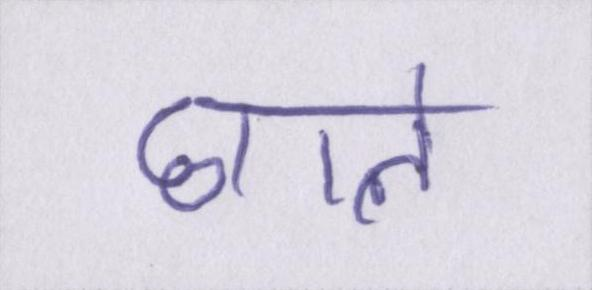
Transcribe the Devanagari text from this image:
छाले